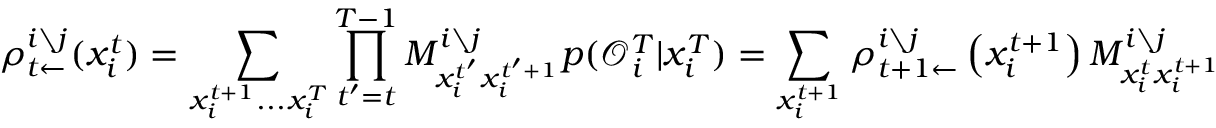
\rho _ { t \leftarrow } ^ { i \setminus j } ( x _ { i } ^ { t } ) = \sum _ { x _ { i } ^ { t + 1 } . . . x _ { i } ^ { T } } \prod _ { t ^ { \prime } = t } ^ { T - 1 } M _ { x _ { i } ^ { t ^ { \prime } } x _ { i } ^ { t ^ { \prime } + 1 } } ^ { i \setminus j } p ( \mathcal { O } _ { i } ^ { T } | x _ { i } ^ { T } ) = \sum _ { x _ { i } ^ { t + 1 } } \rho _ { t + 1 \leftarrow } ^ { i \setminus j } \left( x _ { i } ^ { t + 1 } \right) M _ { x _ { i } ^ { t } x _ { i } ^ { t + 1 } } ^ { i \setminus j }